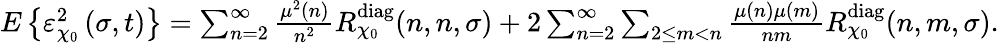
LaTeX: \begin{array}{r}{E\left\{ \varepsilon_{\chi_{0}}^{2}\left(\sigma,t\right)\right\} =\sum_{n=2}^{\infty}\frac{\mu^{2}(n)}{n^{2}}R_{\chi_{0}}^{\textnormal{diag}}(n,n,\sigma)+2\sum_{n=2}^{\infty}\sum_{2\leq m<n}\frac{\mu(n)\mu(m)}{nm}R_{\chi_{0}}^{\textnormal{diag}}(n,m,\sigma).}\end{array}